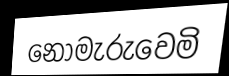
නොමැරුවෙමි